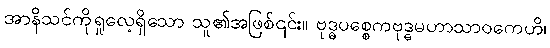
အာနိသင်ကိုရှုလေ့ရှိသော သူ၏အဖြစ်၎င်း။ ဗုဒ္ဓပစ္စေကဗုဒ္ဓမဟာသာဝကေဟိ၊